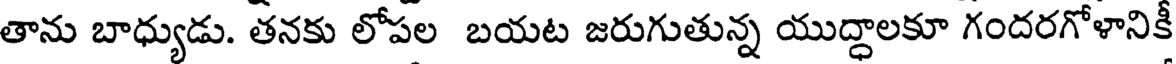
తాను బాధ్యుడు. తనకు లోపల బయట జరుగుతున్న యుద్ధాలకూ గందరగోళానికీ